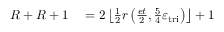
\begin{array} { r l } { R + R + 1 } & { { } = 2 \left\lfloor \frac { 1 } { 2 } r \left( \frac { e t } { 2 } , \frac { 5 } { 4 } \varepsilon _ { \mathrm { t r i } } \right) \right\rfloor + 1 } \end{array}